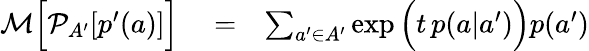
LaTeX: \begin{array}{rlr}{\mathcal{M}\Big[\mathcal{P}_{A^{\prime}}[p^{\prime}(a)]\Big]}&{{}=}&{\sum_{a^{\prime}\in A^{\prime}}\exp\Big(t\, p(a|a^{\prime})\Big)p(a^{\prime})}\end{array}